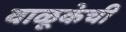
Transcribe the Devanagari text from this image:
वाळूकेची